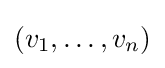
(v_{1},\ldots ,v_{n})